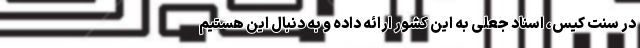
در سنت کیس، اسناد جعلی به این کشور ارائه داده و به دنبال این هستیم